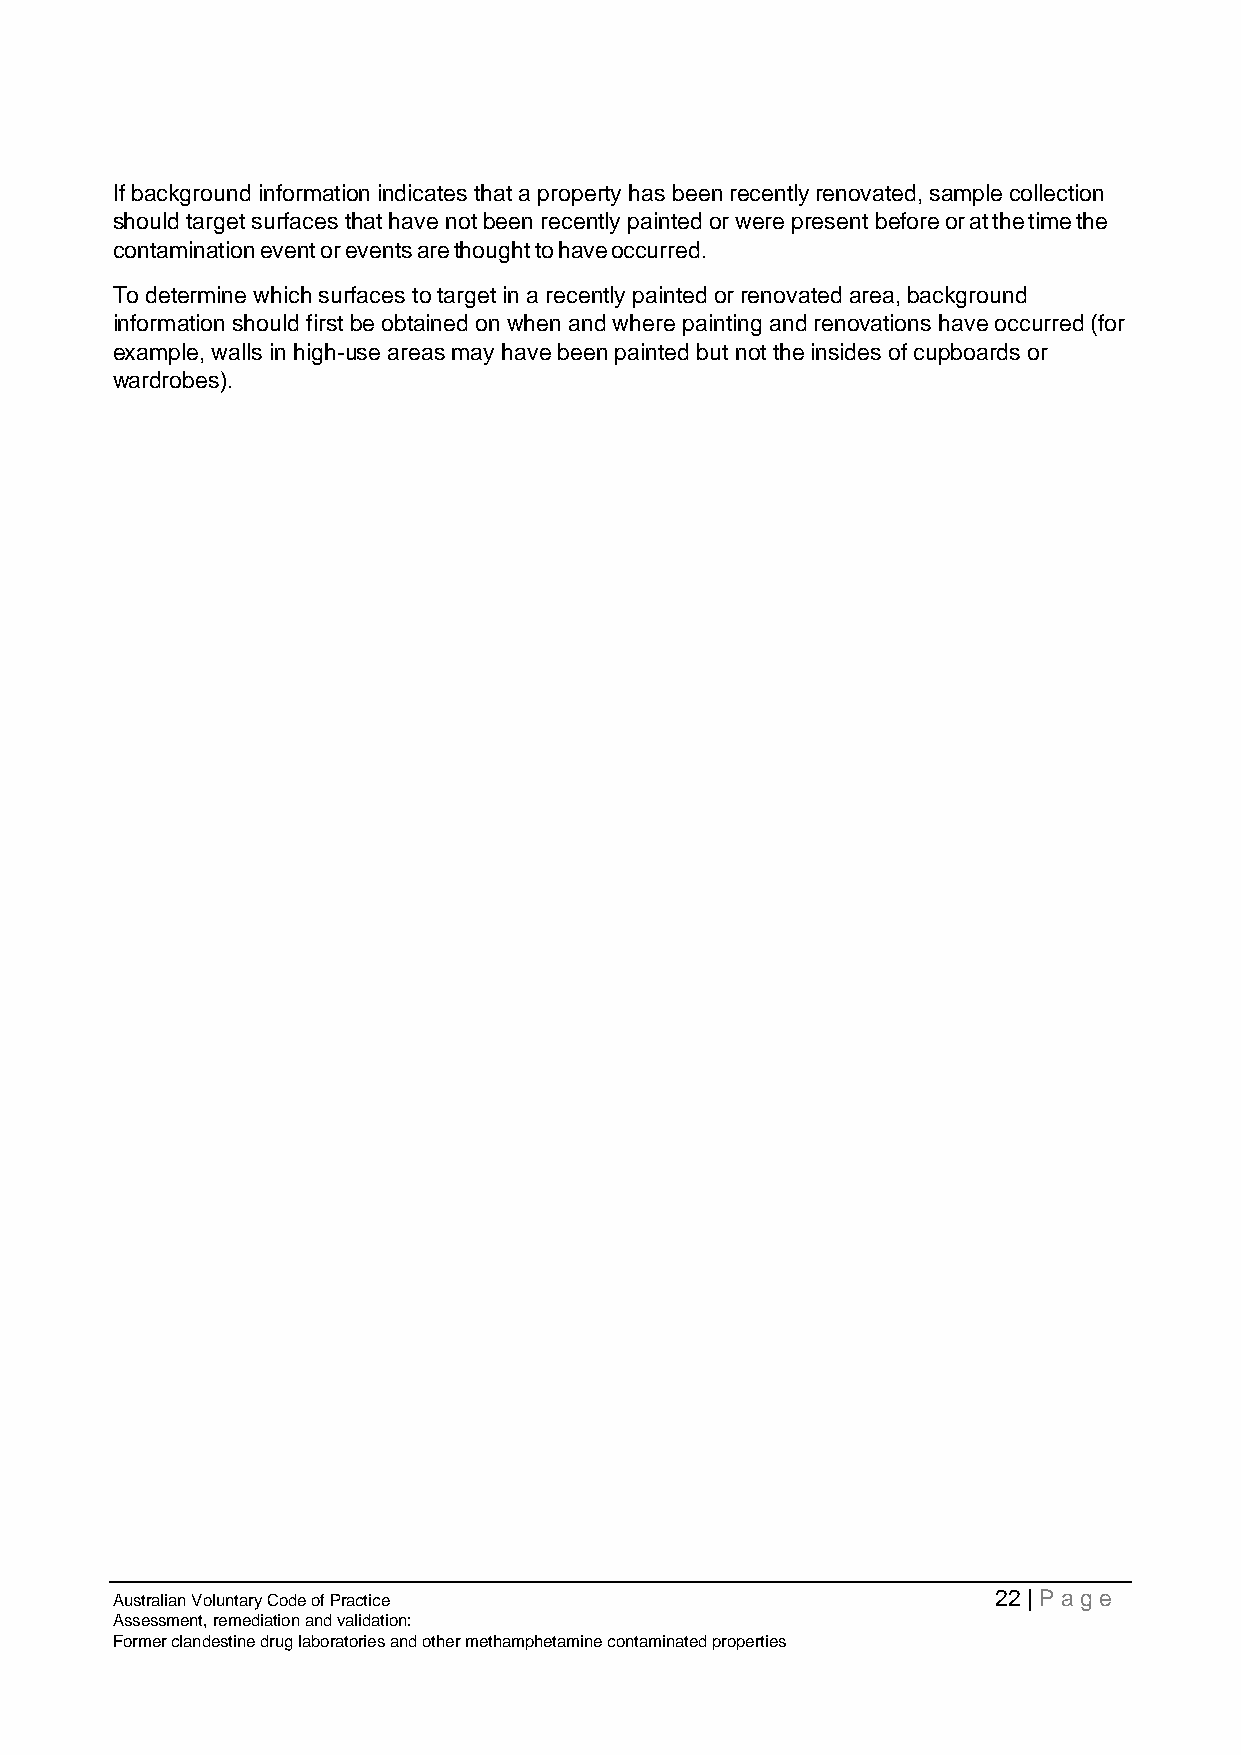
If background information indicates that a property has been recently renovated, sample collection
 should target surfaces that have not been recently painted or were present before or at the time the
 contamination event or events are thought to have occurred.
 To determine which surfaces to target in a recently painted or renovated area, background
 information should first be obtained on when and where painting and renovations have occurred (for
 example, walls in high-use areas may have been painted but not the insides of cupboards or
 wardrobes).
 Australian Voluntary Code of Practice                      22 | Page
 Assessment, remediation and validation:
 Former clandestine drug laboratories and other methamphetamine contaminated properties